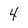
Character: 4